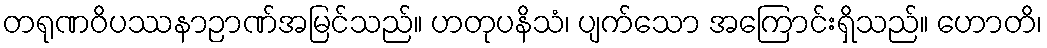
တရုဏဝိပဿနာဉာဏ်အမြင်သည်။ ဟတုပနိသံ၊ ပျက်သော အကြောင်းရှိသည်။ ဟောတိ၊